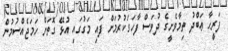
ފަރީޙާ ޢަބްދު ތިމާވެށީގެ ދުވަސް ފާހަގަކުރުމަށް ފައި މަގުގައި އުޅޭ ގޮތަށް ހަމަޖެއްސުމުން